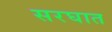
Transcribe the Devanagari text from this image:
सरघात